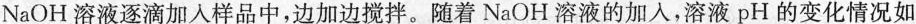
NaOH溶液逐滴加人样品中，边加边搅拌。随着NaOH溶液的加入，溶液pH的变化情况如